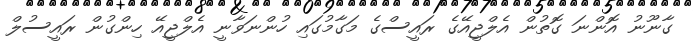
ގާނޫނު އޮންނަ ގޮތުން އެލްޖީއޭގެ ރައީސްގެ މަގާމުގައި ހުންނަވާނީ އެލްޖީއޭ ހިންގުން ރައީސުލް